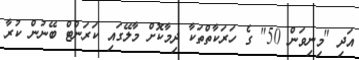
އަދި "މިނިވަން 50" ގެ ހަރަކާތްތަކާ ދިމާކޮށް މާލޭގައި ކަރަންޓް ބޭނުން ކުރާ